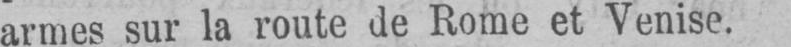
armes sur la route de Rome et Venise.